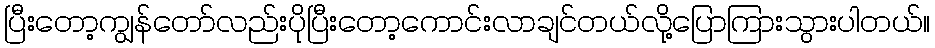
ပြီးတော့ကျွန်တော်လည်းပိုပြီးတော့ကောင်းလာချင်တယ်လို့ပြောကြားသွားပါတယ်။